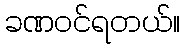
ခဏဝင်ရတယ်။